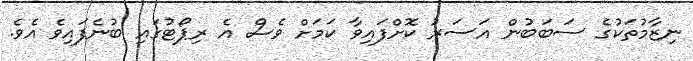
ނިޒާމުތަކުގެ ސަބަބުން އަސަރު ކޮށްފައިވާ ކަމަށް ވެސް އެ ރިޕޯޓުގައި ބުނެފައިވެ އެވެ.